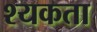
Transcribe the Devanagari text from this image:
श्यकता